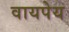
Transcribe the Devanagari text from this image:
वायपेय